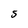
Character: S